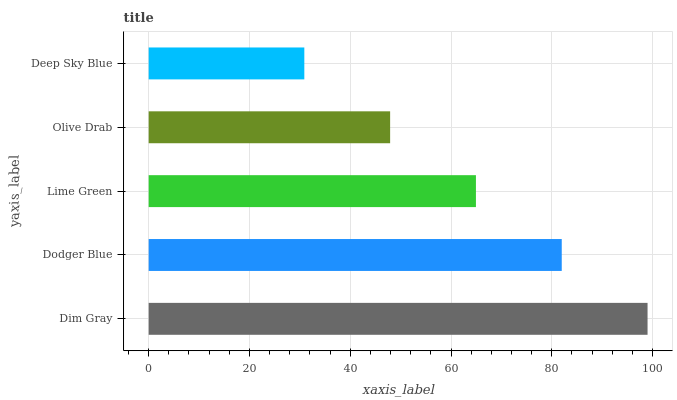
| yaxis_label | bars |
 | --- | --- |
 | Dim Gray | 99 |
 | Dodger Blue | 82 |
 | Lime Green | 64.9 |
 | Olive Drab | 47.9 |
 | Deep Sky Blue | 30.9 |